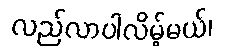
လည်လာပါလိမ့်မယ်၊